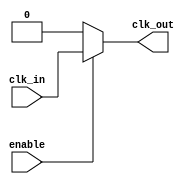
module clock_gating_cell (
    input wire clk_in,      // Incoming clock signal
    input wire enable,      // Enable signal
    output wire clk_out     // Gated clock output
);
    // Gated clock logic
    assign clk_out = enable ? clk_in : 1'b0; // Pass clk_in if enable is high, else output 0
endmodule